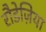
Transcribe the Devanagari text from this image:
रौडेज़िया